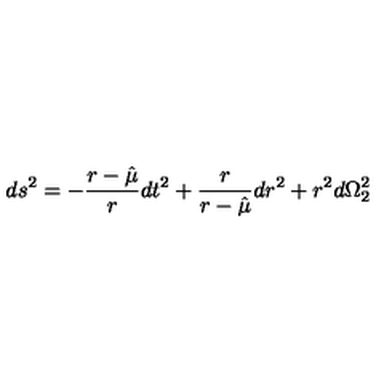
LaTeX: d s ^ { 2 } = - { \frac { r - \hat { \mu } } { r } } d t ^ { 2 } + { \frac { r } { r - \hat { \mu } } } d r ^ { 2 } + r ^ { 2 } d \Omega _ { 2 } ^ { 2 }